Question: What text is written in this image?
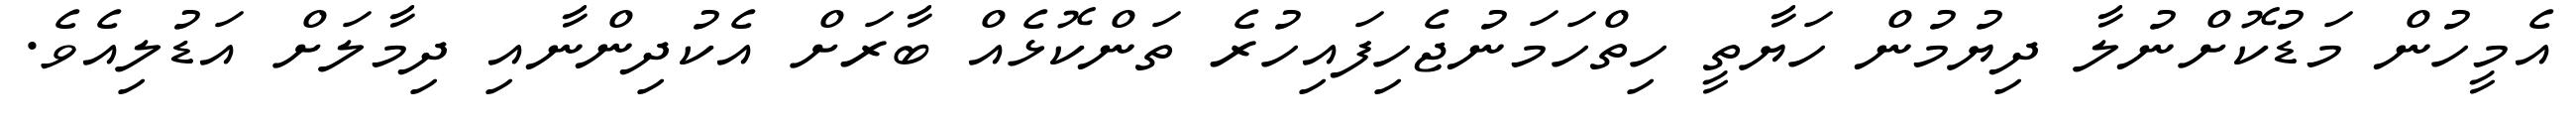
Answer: އެމީހުން މަޑުކޮށްނުލާ ދިޔުމުން ހަޔާތީ ހިތްހަމަނުޖެހިފައިހުރެ ތަންކޮޅެއް ބާރަށް އެކުދިންނާއި ދިމާލަށް އަޑުލިއެވެ.